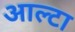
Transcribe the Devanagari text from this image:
आल्टा